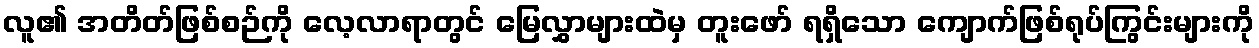
လူ၏ အတိတ်ဖြစ်စဉ်ကို လေ့လာရာတွင် မြေလွှာများထဲမှ တူးဖော် ရရှိသော ကျောက်ဖြစ်ရုပ်ကြွင်းများကို